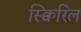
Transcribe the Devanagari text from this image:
स्क्विरिल